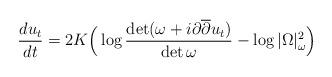
LaTeX: \begin{align*} \frac{du_t}{dt} = 2K \Big( \log \frac{\det (\omega + i \partial \overline{\partial} u_t)}{\det \omega} - \log |\Omega|_\omega^2 \Big)\end{align*}